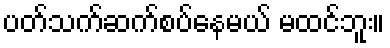
ပတ်သက်ဆက်စပ်နေမယ် မထင်ဘူး။